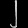
Digit: ၂